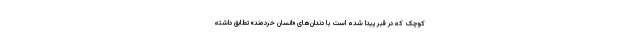
کوچک که در قبر پیدا شده است با دندان‌های «انسان خردمند» تطابق داشته